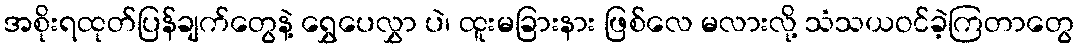
အစိုးရထုတ်ပြန်ချက်တွေနဲ့ ရွှေပေလွှာ ပဲ၊ ထူးမခြားနား ဖြစ်လေ မလားလို့ သံသယဝင်ခဲ့ကြတာတွေ